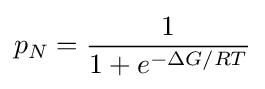
p_{N}={\frac {1}{1+e^{-\Delta G/RT}}}